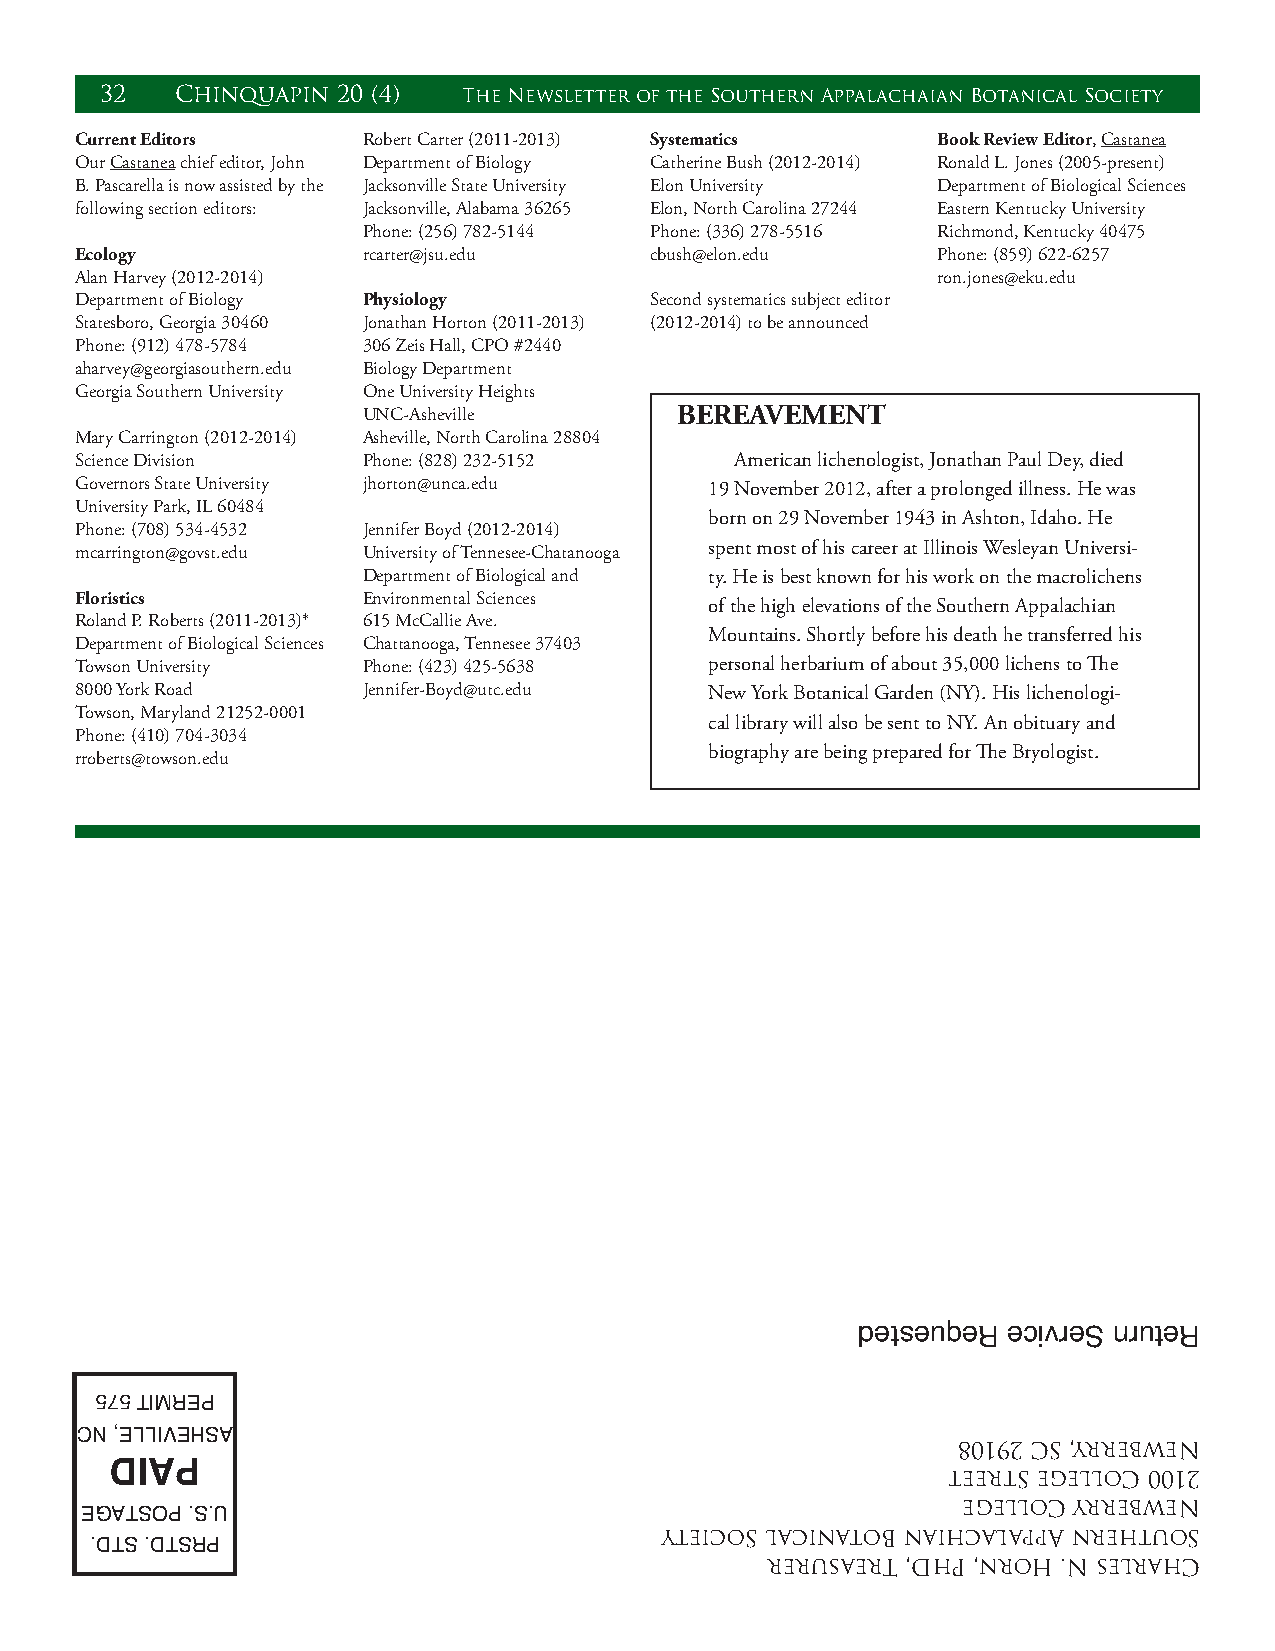
32   Chinquapin 20 (4)  The Newsletter of the Southern Appalachaian Botanical Society
 Current Editors    Robert Carter (2011-2013) Systematics Book Review Editor, Castanea
 Our Castanea chief editor, John Department of Biology Catherine Bush (2012-2014) Ronald L. Jones (2005-present)
 B. Pascarella is now assisted by the Jacksonville State University Elon University Department of Biological Sciences
 following section editors: Jacksonville, Alabama 36265 Elon, North Carolina 27244 Eastern Kentucky University
 Phone: (256) 782-5144 Phone: (336) 278-5516 Richmond, Kentucky 40475
 Ecology            rcarter@jsu.edu    cbush@elon.edu     Phone: (859) 622-6257
 Alan Harvey (2012-2014)                                  ron.jones@eku.edu
 Department of Biology Physiology      Second systematics subject editor
 Statesboro, Georgia 30460 Jonathan Horton (2011-2013) (2012-2014) to be announced
 Phone: (912) 478-5784 306 Zeis Hall, CPO #2440
 aharvey@georgiasouthern.edu Biology Department
 Georgia Southern University One University Heights
 UNC-Asheville        BEREAVEMENT
 Mary Carrington (2012-2014) Asheville, North Carolina 28804
 Science Division   Phone: (828) 232-5152    American lichenologist, Jonathan Paul Dey, died
 Governors State University jhorton@unca.edu 19 November 2012, after a prolonged illness. He was
 University Park, IL 60484
 born on 29 November 1943 in Ashton, Idaho. He
 Phone: (708) 534-4532 Jennifer Boyd (2012-2014)
 mcarrington@govst.edu University of Tennesee-Chatanooga spent most of his career at Illinois Wesleyan Universi-
 Department of Biological and ty. He is best known for his work on the macrolichens
 Floristics         Environmental Sciences
 of the high elevations of the Southern Appalachian
 Roland P. Roberts (2011-2013)* 615 McCallie Ave.
 Mountains. Shortly before his death he transferred his
 Department of Biological Sciences Chattanooga, Tennesee 37403
 Towson University  Phone: (423) 425-5638  personal herbarium of about 35,000 lichens to The
 8000 York Road     Jennifer-Boyd@utc.edu  New York Botanical Garden (NY). His lichenologi-
 Towson, Maryland 21252-0001
 cal library will also be sent to NY. An obituary and
 Phone: (410) 704-3034
 biography are being prepared for The Bryologist.
 rroberts@towson.edu
 detseuqeR ecivreS nruteR
 575 TimReP
 CN ,ellivehSa
 80192 CS ,yrrebweN
 DIAP
 teertS egelloC 0012
 egelloC yrrebweN
 egaTSoP .S.U
 yteicoS lacinatoB naihcalappA nrehtuoS
 .DTS .DTSRP
 rerusaerT ,DhP ,nroH .N selrahC